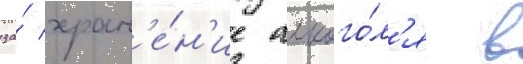
за́ хран'е́н'ие алкого́л'я в